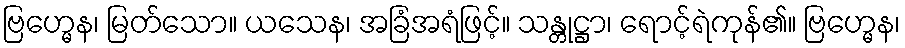
ဗြဟ္မေန၊ မြတ်သော။ ယသေန၊ အခြံအရံဖြင့်။ သန္တုဋ္ဌာ၊ ရောင့်ရဲကုန်၏။ ဗြဟ္မေန၊